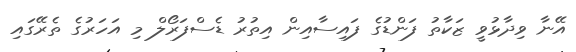
އޭނާ ވިދާޅުވީ ޒަކާތު ފަންޑުގެ ފައިސާއިން އިތުރު ޑެސްފަރޯލް މި އަހަރުގެ ތެރޭގައި